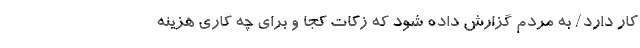
کار دارد/ به مردم گزارش داده شود که زکات کجا و برای چه کاری هزینه